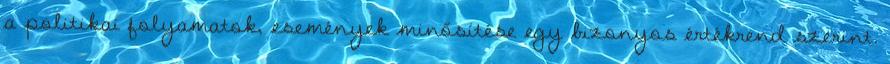
a politikai folyamatok, események minősítése egy bizonyos értékrend szerint.